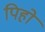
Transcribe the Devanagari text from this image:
पिहो